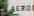
aero